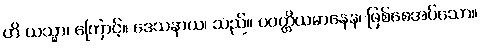
ဟိ ယသ္မာ၊ ကြောင့်။ ဒေသနာယ၊ သည်။ ပဝတ္တိယမာနေန၊ ဖြစ်စေအပ်သော။